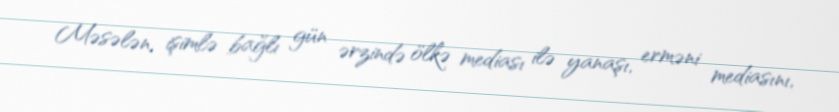
Məsələn, işimlə bağlı gün ərzində ölkə mediası ilə yanaşı, erməni mediasını,